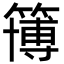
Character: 簙